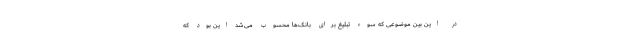
در این بین موضوعی که سوء تبلیغ برای بانک‌ها محسوب می‌شد این بود که